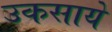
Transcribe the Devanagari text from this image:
उकसाये